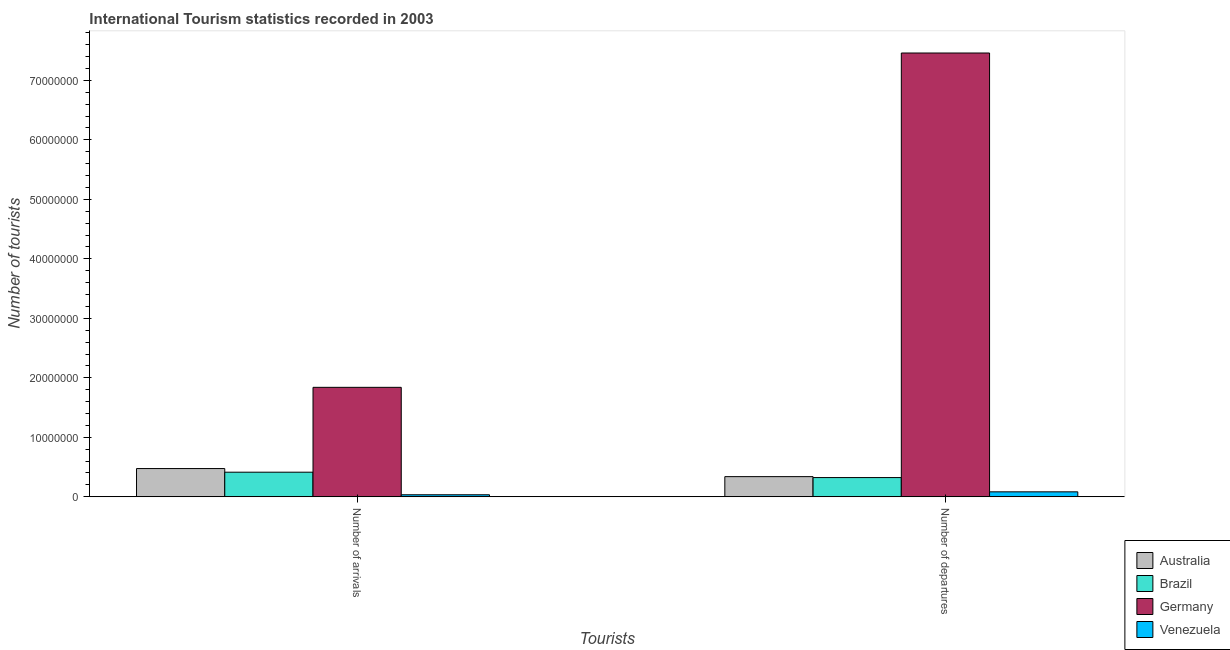
| Tourists | Australia | Brazil | Germany | Venezuela |
 | --- | --- | --- | --- | --- |
 | Number of arrivals | 4.75e+06 | 4.13e+06 | 1.84e+07 | 3.37e+05 |
 | Number of departures | 3.39e+06 | 3.23e+06 | 7.46e+07 | 8.32e+05 |